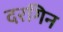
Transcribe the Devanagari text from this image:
दरगिन